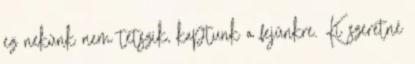
ez nekünk nem tetszik, kaptunk a fejünkre. Ki szeretné